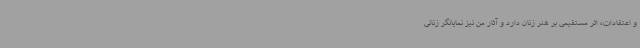
و اعتقادات، اثر مستقیمی بر هنر زنان دارد و آثار من نیز نمایانگر زنانی